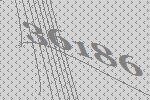
36186